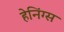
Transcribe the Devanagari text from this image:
हेनिंग्स